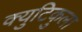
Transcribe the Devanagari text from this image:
क्युटिकुला